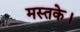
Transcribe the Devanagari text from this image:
मस्तके।